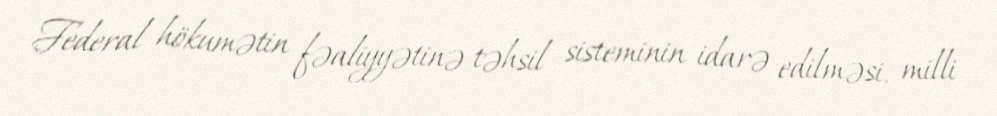
Federal hökumətin fəaliyyətinə təhsil sisteminin idarə edilməsi, milli